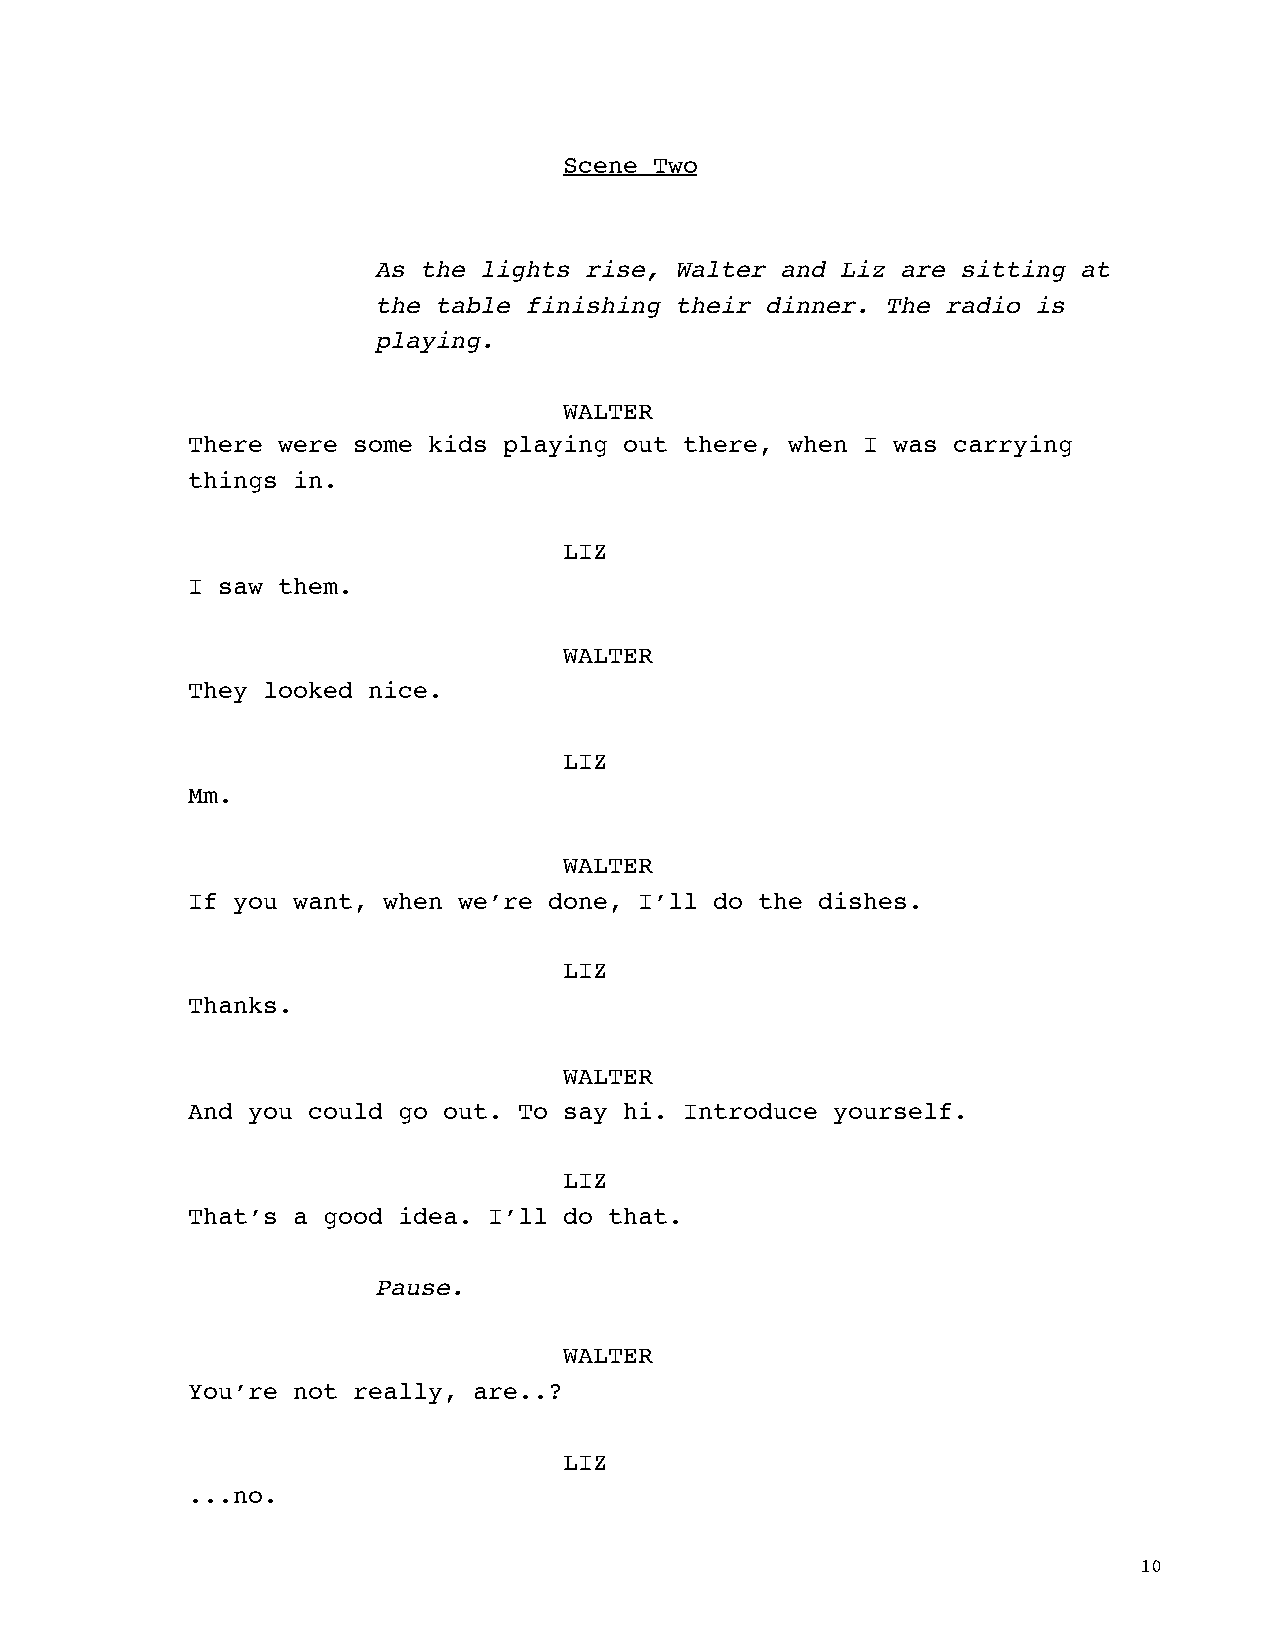
Scene Two
 As the lights rise, Walter and Liz are sitting at
 the table finishing their dinner. The radio is
 playing.
 WALTER
 There were some kids playing out there, when I was carrying
 things in.
 LIZ
 I saw them.
 WALTER
 They looked nice.
 LIZ
 Mm.
 WALTER
 If you want, when we’re done, I’ll do the dishes.
 LIZ
 Thanks.
 WALTER
 And you could go out. To say hi. Introduce yourself.
 LIZ
 That’s a good idea. I’ll do that.
 Pause.
 WALTER
 You’re not really, are..?
 LIZ
 ...no.
 10